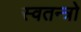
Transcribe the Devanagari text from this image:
स्वतन्त्रो